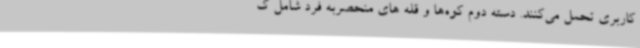
کاربری تحمل می‌کنند. دسته دوم کوه‌ها و قله های منحصربه فرد شامل ک